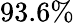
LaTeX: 93.6\%